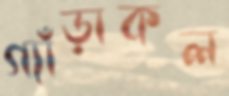
গ্যাঁড়াকল